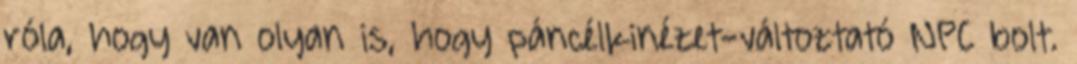
róla, hogy van olyan is, hogy páncélkinézet-változtató NPC bolt.